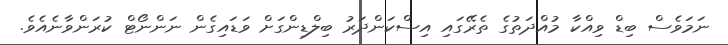
ނަމަވެސް ބިޑް ވިއްކާ މުއްދަތުގެ ތެރޭގައި އިސްކަންދަރު ބިލްޑިންގަށް ވަޑައިގެން ނަންނޯޓް ކުރަންވާނެއެވެ.